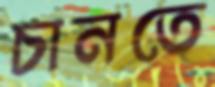
চানতে